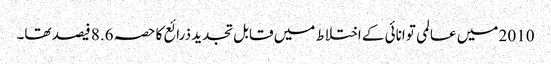
2010 میں عالمی توانائی کے اختلاط میں قابل تجدید ذرائع کا حصہ 8.6 فیصد تھا۔